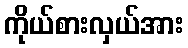
ကိုယ်စားလှယ်အား